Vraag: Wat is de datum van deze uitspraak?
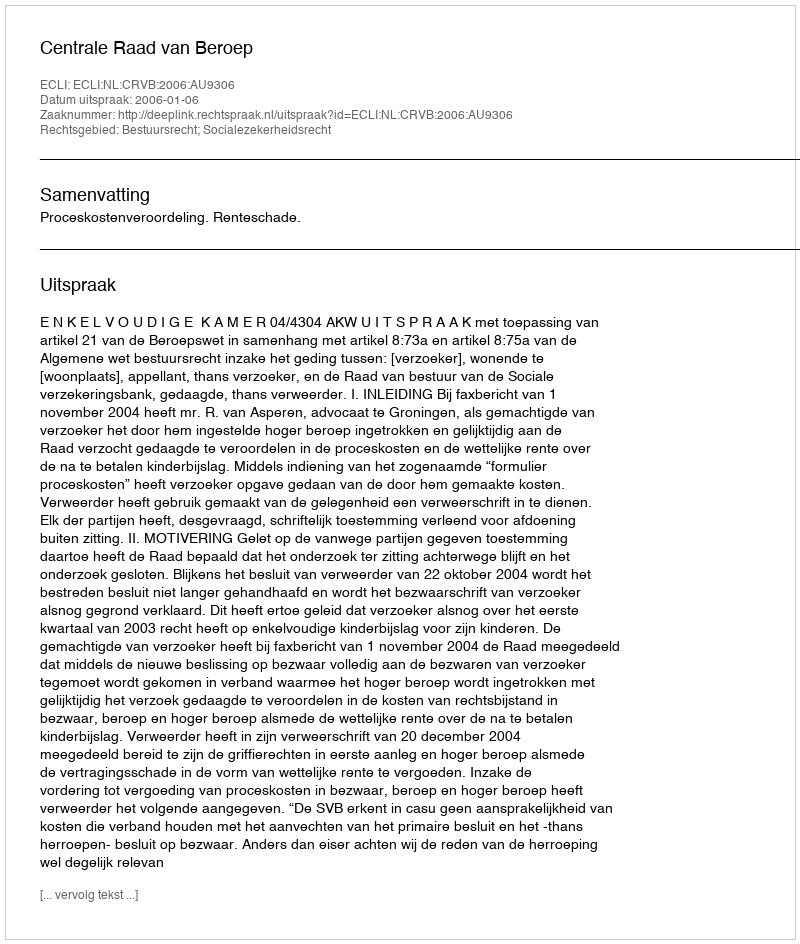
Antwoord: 2006-01-06